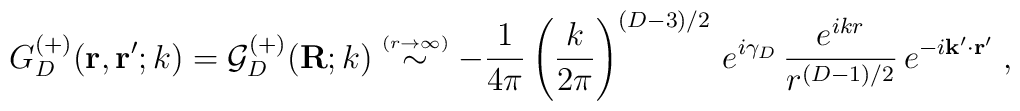
G^{(+)}_{{D}}({\bf  r}, {\bf r}';k)={\mathcal G}^{(+)}_{{D}}({\bf  R};k) \stackrel{\scriptscriptstyle(r \rightarrow \infty)}{\sim}- \frac{1}{4\pi}\left( \frac{k}{2 \pi} \right)^{({D}-3)/2}\, e^{i\gamma_{{D}}}\,\frac{e^{ikr}}{r^{({D} -1)/2}} \, e^{-i {\bf  k}' \cdot {\bf  r}'}\; ,